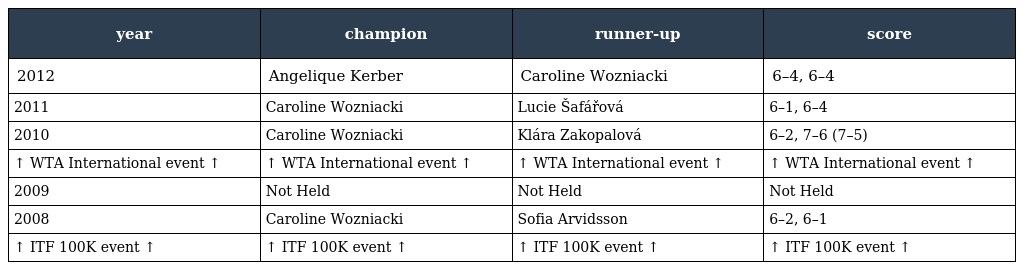
| year | champion | runner-up | score |
 | --- | --- | --- | --- |
 | 2012 | Angelique Kerber | Caroline Wozniacki | 6–4, 6–4 |
 | 2011 | Caroline Wozniacki | Lucie Šafářová | 6–1, 6–4 |
 | 2010 | Caroline Wozniacki | Klára Zakopalová | 6–2, 7–6 (7–5) |
 | ↑ WTA International event ↑ | ↑ WTA International event ↑ | ↑ WTA International event ↑ | ↑ WTA International event ↑ |
 | 2009 | Not Held | Not Held | Not Held |
 | 2008 | Caroline Wozniacki | Sofia Arvidsson | 6–2, 6–1 |
 | ↑ ITF 100K event ↑ | ↑ ITF 100K event ↑ | ↑ ITF 100K event ↑ | ↑ ITF 100K event ↑ |